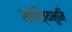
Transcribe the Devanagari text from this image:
साहित्यभूमि